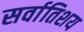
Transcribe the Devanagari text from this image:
सर्वातिशय